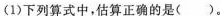
(1)下列算式中，估算正确的是（）。